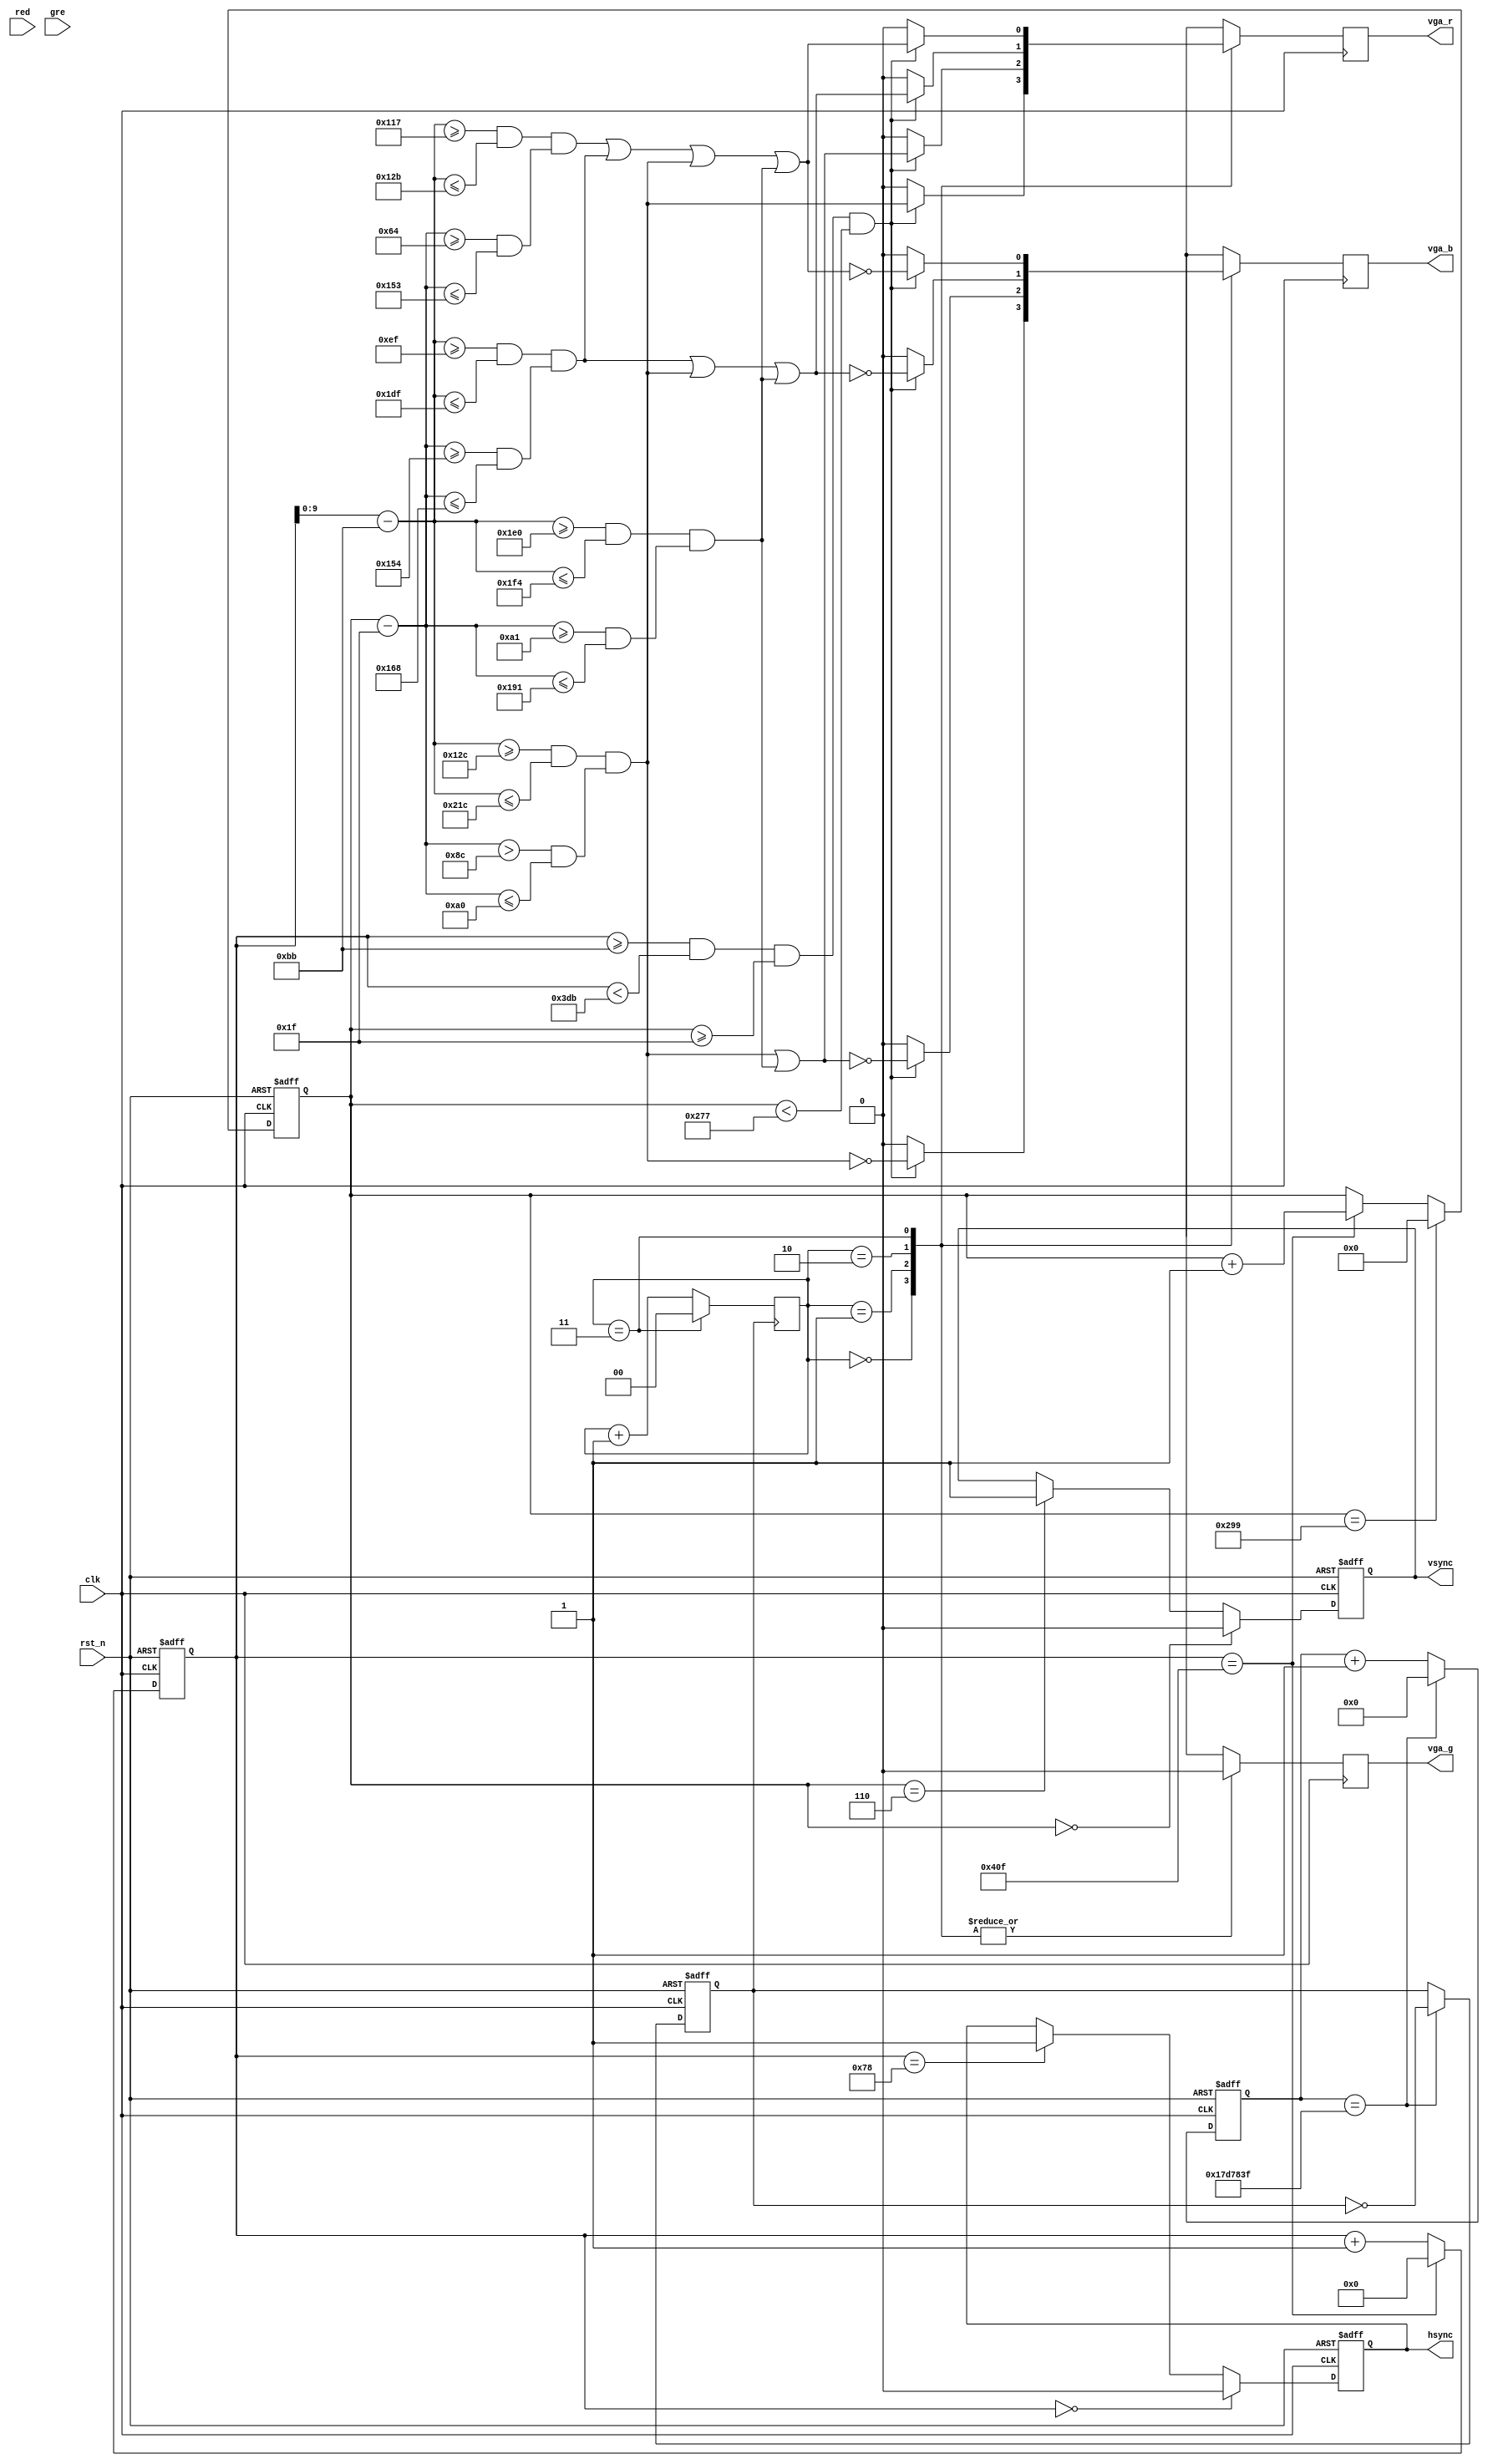
module vga(clk,rst_n,hsync,vsync,vga_r,vga_g,vga_b,red,gre);

input clk,red,gre; //50MHz
input rst_n; 
output hsync; 
output vsync; 
output reg vga_r;
output reg vga_g;
output reg vga_b;
reg[25:0] a;
reg clk1;
reg[1:0] num;
reg[10:0] x_cnt;
reg[9:0] y_cnt;
initial
   num=2'd0;
always@(posedge clk or posedge rst_n)
     if(rst_n)
	    begin
	     a<=26'd0;
		  clk1<=0;
		 end
	  else if( a==26'd24999999)
	    begin
	     a<=26'd0;
		  clk1<=~clk1;
		 end
     else
	     a<=a+1;
always @ (posedge clk or posedge rst_n)
	if(rst_n) 
		x_cnt <= 11'd0;
	else if(x_cnt == 11'd1039) 
		x_cnt <= 11'd0;
	else 
		x_cnt <= x_cnt+1'b1;
always @ (posedge clk or posedge rst_n)
	if(rst_n) 
		y_cnt <= 10'd0;
	else if(y_cnt == 10'd665) 
		y_cnt <= 10'd0;
	else if(x_cnt == 11'd1039) 
		y_cnt <= y_cnt+1'b1;
always@(posedge clk1)
    if(num==2'd3)
	    num<=1'd0;
    else
	    num<=num+1;
wire valid; 
assign 
	valid = (x_cnt >= 11'd187) && (x_cnt < 11'd987) 
	&& (y_cnt >= 10'd31) && (y_cnt < 10'd631); 

wire[9:0] xpos,ypos; 

assign xpos = x_cnt-11'd187;
assign ypos = y_cnt-10'd31;
reg hsync_r,vsync_r; 

always @ (posedge clk or posedge rst_n)
	if(rst_n) 
		hsync_r <= 1'b1;
	else if(x_cnt == 11'd0) 
		hsync_r <= 1'b0; 
	else if(x_cnt == 11'd120) 
		hsync_r <= 1'b1;
 
always @ (posedge clk or posedge rst_n)
	if(rst_n) 
		vsync_r <= 1'b1;
	else if(y_cnt == 10'd0) 
		vsync_r <= 1'b0; 
	else if(y_cnt == 10'd6) 
		vsync_r <= 1'b1;
assign hsync = hsync_r;
assign vsync = vsync_r;
wire a_dis,b_dis,c_dis,d_dis;
assign a_dis = ( (xpos>=300) && (xpos<=540) ) 
		 && ( (ypos>140)  && (ypos<=160) );
assign c_dis = ( (xpos>=239) && (xpos<=479) )
		 && ( (ypos>=340) && (ypos<=360) );
assign d_dis = ( (xpos>=279) && (xpos<=299) )
		 && ( (ypos>=100) && (ypos<=339) );
assign b_dis = ( (xpos>=480) && (xpos<=500) )
		 && ( (ypos>=161) && (ypos<=401) );
always@(posedge clk)
    begin
     case(num)
	     2'd0:
		  begin
		  vga_r <= valid ? a_dis: 1'b0;
		  vga_b <= valid ? ~a_dis : 1'b0;
		  vga_g<=1'b0;
		  end
        2'd1:
		  begin
		  vga_r <= valid ? (a_dis|b_dis): 1'b0;
		  vga_b <= valid ? ~(a_dis|b_dis): 1'b0;
		  vga_g<=1'b0;
		  end
		  2'd2:
		  begin
		  vga_r <= valid ? (c_dis|a_dis|b_dis): 1'b0;
		  vga_b <= valid ? ~(c_dis|a_dis|b_dis): 1'b0;
		  vga_g<=1'b0;
		  end
		  2'd3:
		  begin
		  vga_r <= valid ? (d_dis|c_dis|a_dis|b_dis): 1'b0;
		  vga_b <= valid ? ~(d_dis|c_dis|a_dis|b_dis): 1'b0;
		  vga_g <=1'b0;
		  end
	  endcase
	  end
endmodule